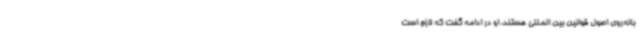
باله‌روی اصول قوانین بین المللی هستند. او در ادامه گفت که لازم است